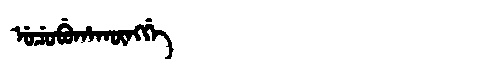
Manchu: ᡠᠴᡠᠪᡠᡥᠠᡴᡡᠩᡤᡝ
Romanization: UCUBUHAKŪNGGE